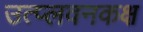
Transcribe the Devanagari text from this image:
उत्प्लवनकक्ष